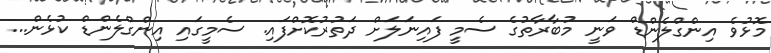
މޮޅުވެ އިންގްލެންޑް ވަނީ މުބާރާތުގެ ސެމީ ފައިނަލަށް ދަތުރުކޮށްފައި. ސެމީގައި އިންގްލެންޑް ކުޅެން...